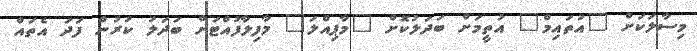
މިސާލަކަށް "އުތައިމް" އުތީމަށް ބަދަލުކޮށް "މާޕިއްލަ" މާފިލާފުއްޓަށް ބަދަލު ކުރުން ފަދަ އެތައް